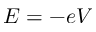
E = - e V